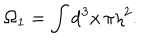
\Omega _ { 1 } = \int \mathrm { d } ^ { 3 } x \, \pi \eta ^ { 2 } .